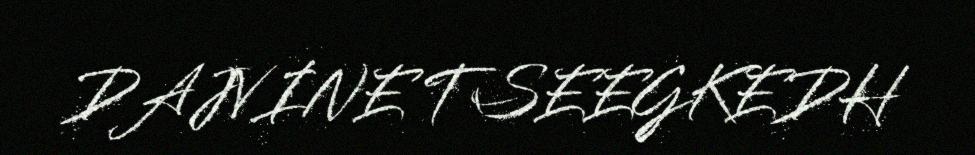
DAJVINE TSEEGKEDH